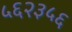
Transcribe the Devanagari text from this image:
५६२३५६